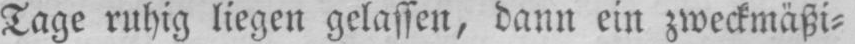
Tage ruhig liegen gelassen, dann ein zweckmäßi⸗